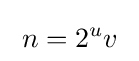
\;n=2^{u}v\;